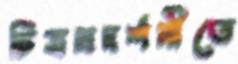
চিত্রপ্রদর্শনীতে